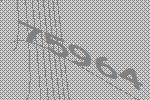
75964